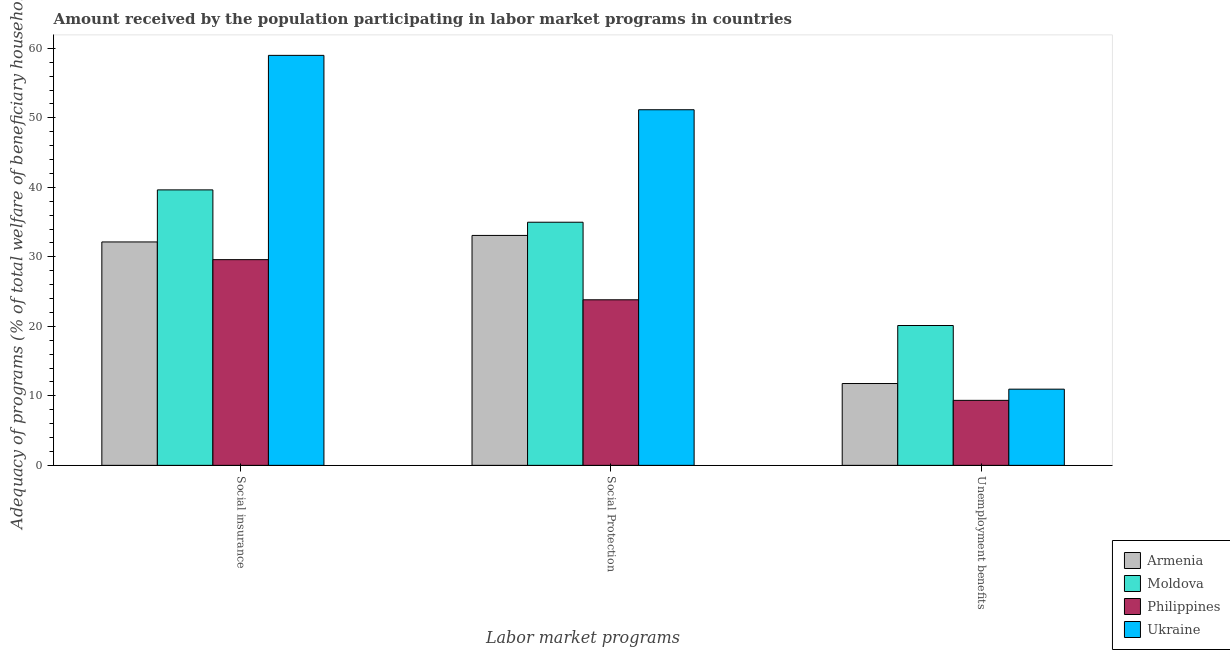
| Labor market programs | Armenia | Moldova | Philippines | Ukraine |
 | --- | --- | --- | --- | --- |
 | Social insurance | 32.1 | 39.6 | 29.6 | 59 |
 | Social Protection | 33.1 | 35 | 23.8 | 51.2 |
 | Unemployment benefits | 11.8 | 20.1 | 9.35 | 11 |